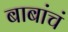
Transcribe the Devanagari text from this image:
बाबांचं